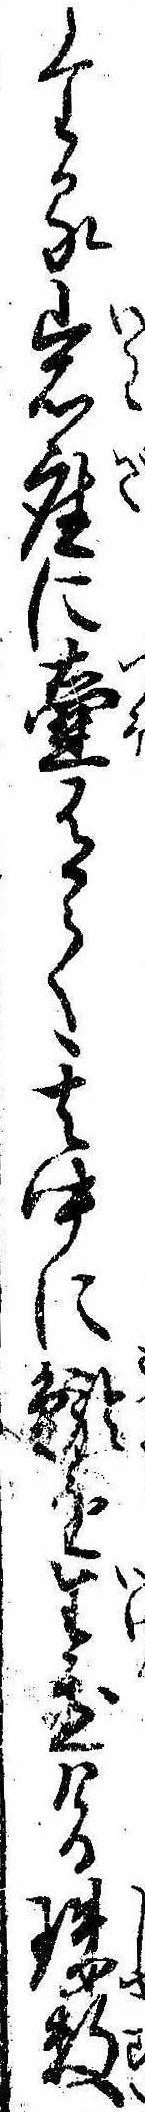
たる岩座に壷有て其中に鯲を生置ける珠数